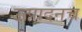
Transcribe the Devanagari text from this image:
उत्पादनच